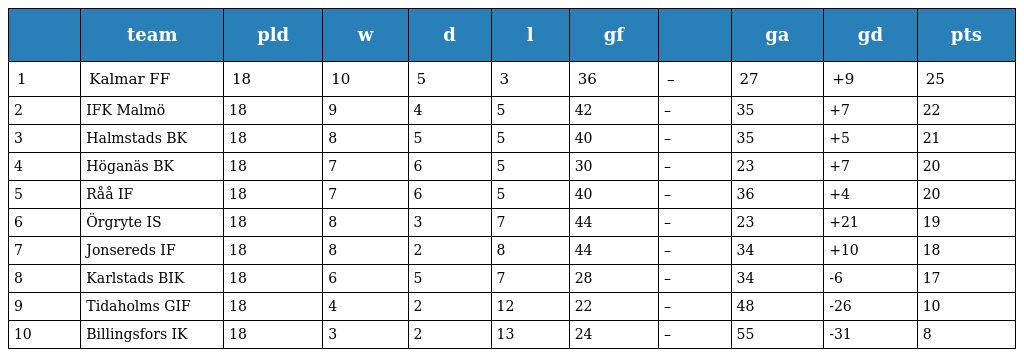
|  | team | pld | w | d | l | gf |  | ga | gd | pts |
 | --- | --- | --- | --- | --- | --- | --- | --- | --- | --- | --- |
 | 1 | Kalmar FF | 18 | 10 | 5 | 3 | 36 | – | 27 | +9 | 25 |
 | 2 | IFK Malmö | 18 | 9 | 4 | 5 | 42 | – | 35 | +7 | 22 |
 | 3 | Halmstads BK | 18 | 8 | 5 | 5 | 40 | – | 35 | +5 | 21 |
 | 4 | Höganäs BK | 18 | 7 | 6 | 5 | 30 | – | 23 | +7 | 20 |
 | 5 | Råå IF | 18 | 7 | 6 | 5 | 40 | – | 36 | +4 | 20 |
 | 6 | Örgryte IS | 18 | 8 | 3 | 7 | 44 | – | 23 | +21 | 19 |
 | 7 | Jonsereds IF | 18 | 8 | 2 | 8 | 44 | – | 34 | +10 | 18 |
 | 8 | Karlstads BIK | 18 | 6 | 5 | 7 | 28 | – | 34 | -6 | 17 |
 | 9 | Tidaholms GIF | 18 | 4 | 2 | 12 | 22 | – | 48 | -26 | 10 |
 | 10 | Billingsfors IK | 18 | 3 | 2 | 13 | 24 | – | 55 | -31 | 8 |